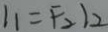
1 1 = F _ { 2 } 1 2